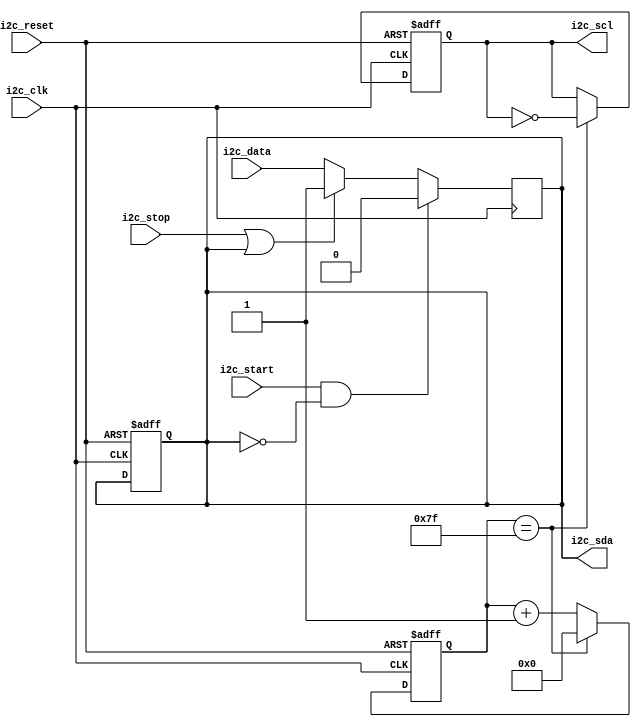
module I2C_TimingControl (

    input wire i2c_clk, // input clock signal
    input wire i2c_reset, // input reset signal
    input wire i2c_start, // input start signal
    input wire i2c_stop, // input stop signal
    input wire i2c_data, // input data signal
    output wire i2c_scl, // output clock signal
    output wire i2c_sda // output data signal

);

reg [7:0] counter; // 8-bit counter for clock divider
reg sda_reg, scl_reg; // registers for synchronized data and clock signals

always @ (posedge i2c_clk or posedge i2c_reset) begin
    if (i2c_reset) begin
        counter <= 8'b00000000;
        scl_reg <= 1'b0;
        sda_reg <= 1'b0;
    end else begin
        if (counter == 8'd127) begin
            counter <= 8'b00000000;
            scl_reg <= ~scl_reg;
        end else begin
            counter <= counter + 1;
        end
    end
end

always @ (posedge i2c_clk) begin
    if (i2c_start && !sda_reg) begin
        sda_reg <= 1'b0;
    end else if (i2c_stop || sda_reg) begin
        sda_reg <= 1'b1;
    end else begin
        sda_reg <= i2c_data;
    end
end

assign i2c_scl = scl_reg;
assign i2c_sda = sda_reg;

endmodule